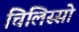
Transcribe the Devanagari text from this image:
चिलिस्सो